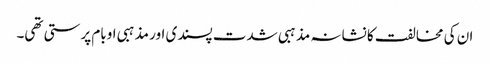
ان کی مخالفت کا نشانہ مذہبی شدت پسندی اور مذہبی اوبام پرستی تھی۔